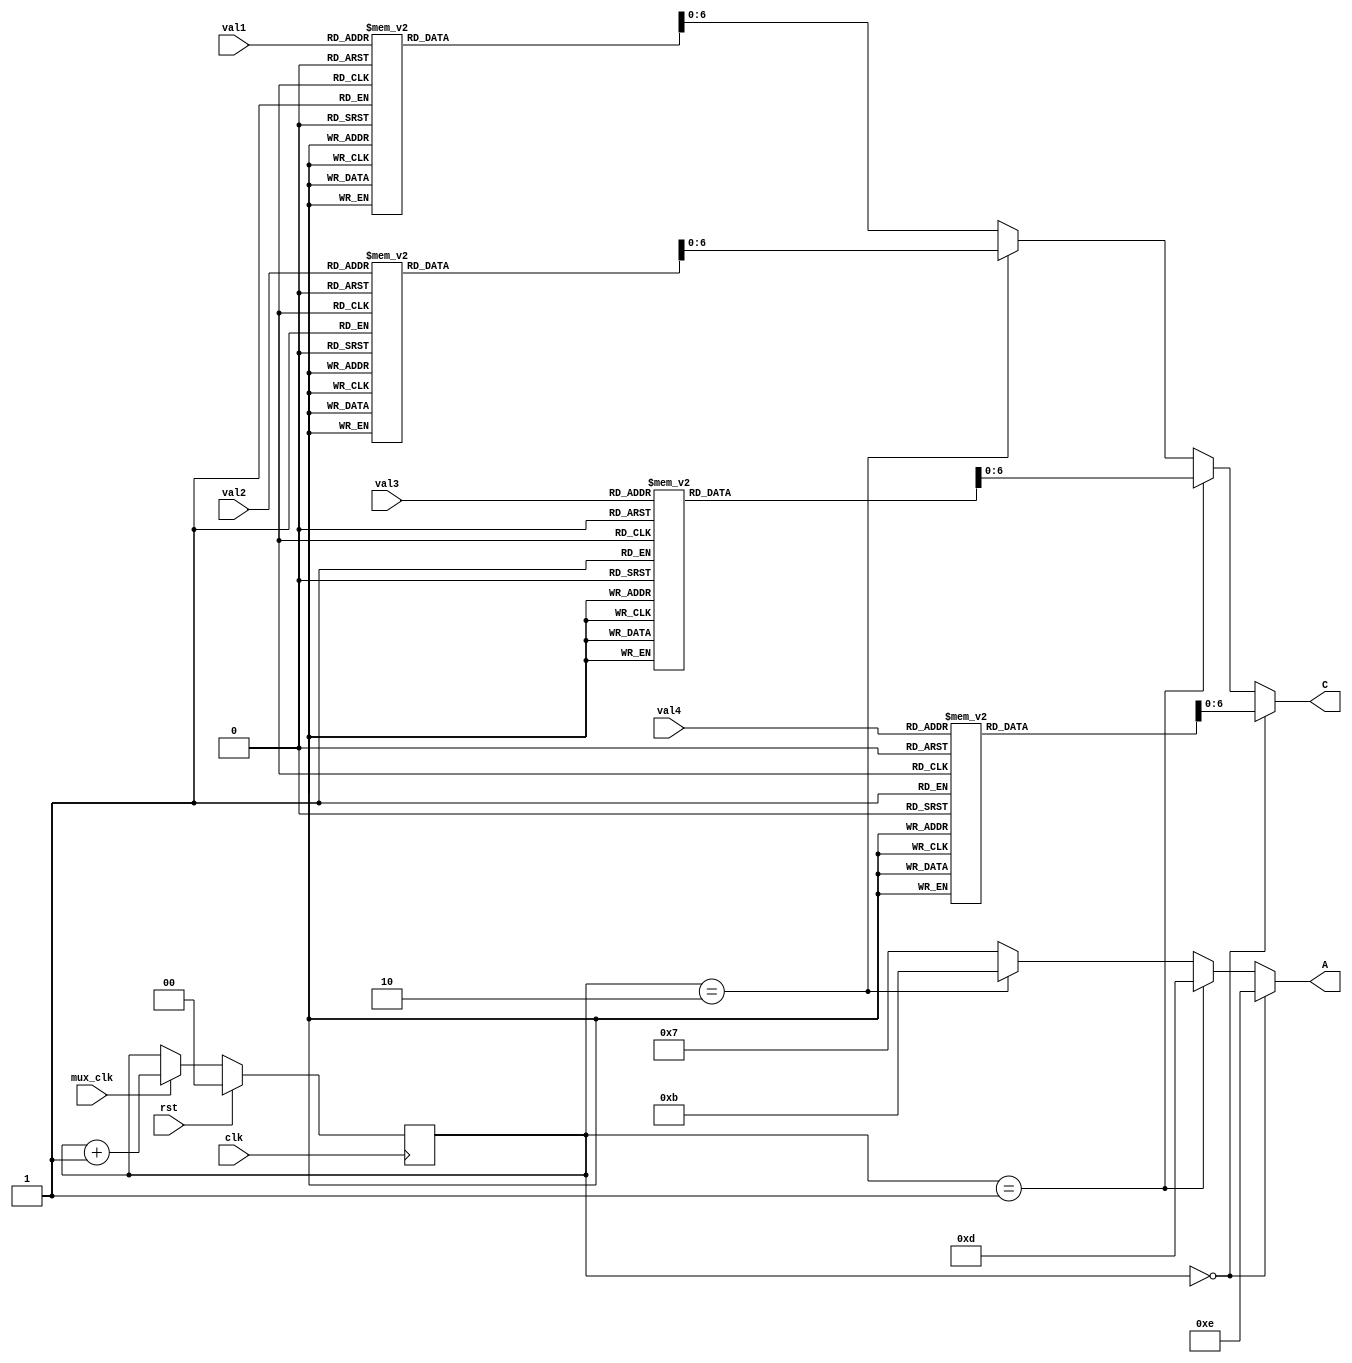
`timescale 1ns / 1ps
//////////////////////////////////////////////////////////////////////////////////
// Company: 
// Engineer: 
// 
// Design Name: 
// Module Name:    segdisplay 
// Project Name: 
// Target Devices: 
// Tool versions: 
// Description: 
//
// Dependencies: 
//
// Revision: 
// Revision 0.01 - File Created
// Additional Comments: 
//
//////////////////////////////////////////////////////////////////////////////////
module segdisplay(
    input clk,
    input mux_clk,
    input rst,
    input [3:0] val1,
    input [3:0] val2,
    input [3:0] val3,
    input [3:0] val4,
    output [3:0] A,     // Anodes
    output [6:0] C      // Cathods
);

    reg [1:0] a_num;
    
    function [7:0] digit (input [3:0] val);
        begin
            case(val)
            0: digit = ~7'b1111110;
            1: digit = ~7'b0110000;
            2: digit = ~7'b1101101;
            3: digit = ~7'b1111001;
            4: digit = ~7'b0110011;
            5: digit = ~7'b1011011;
            6: digit = ~7'b1011111;
            7: digit = ~7'b1110000;
            8: digit = ~7'b1111111;
            9: digit = ~7'b1111011;
            default: digit = ~7'b0000000; // off
            endcase
        end
	 endfunction
    
    assign A = a_num == 2'd0 ? 4'b1110 :
               a_num == 2'd1 ? 4'b1101 :
               a_num == 2'd2 ? 4'b1011 :
               4'b0111;
      
    assign C = a_num == 2'd0 ? digit(val4) :
               a_num == 2'd1 ? digit(val3) :
               a_num == 2'd2 ? digit(val2) :
               digit(val1);
       
    always @(posedge clk) begin
        if (rst) begin
            a_num <= 2'd0;
        end else if (mux_clk) begin
            a_num <= a_num + 2'd1;
        end else begin
            a_num <= a_num;
        end
    end
endmodule